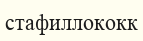
стафиллококк